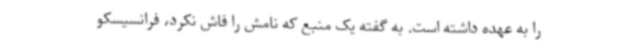
را به عهده داشته است. به گفته یک منبع که نامش را فاش نکرد، فرانسیسکو